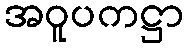
အဝူပကဋ္ဌာ